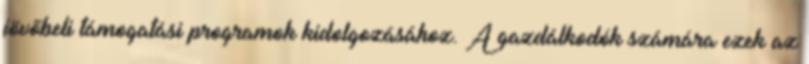
jövőbeli támogatási programok kidolgozásához. A gazdálkodók számára ezek az